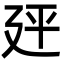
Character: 𪪭